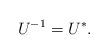
LaTeX: \begin{align*}U^{-1}=U^{*}.\end{align*}